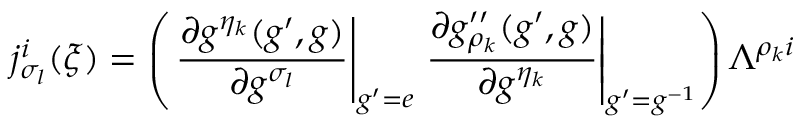
j _ { \sigma _ { l } } ^ { i } ( \xi ) = \left( \left. \frac { \partial g ^ { \eta _ { k } } ( g ^ { \prime } , g ) } { \partial g ^ { \sigma _ { l } } } \right| _ { g ^ { \prime } = e } \left. \frac { \partial g _ { \rho _ { k } } ^ { \prime \prime } ( g ^ { \prime } , g ) } { \partial g ^ { \eta _ { k } } } \right| _ { g ^ { \prime } = g ^ { - 1 } } \right) \Lambda ^ { \rho _ { k } i }